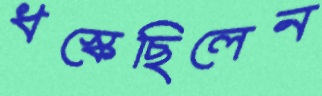
ধস্‌কেছিলেন